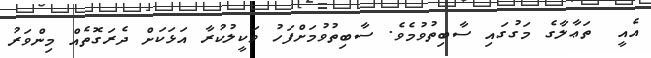
އެއީ  ތަޢާލާގެ މަގުގައި ސާބިތުވުމެވެ. ސާބިތުވުމަށްފަހު ވަކީލުކުރާ އަޅަކަށް ދެރަގޮތެއް މިންވަރު